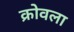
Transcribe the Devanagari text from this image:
क्रोवला